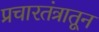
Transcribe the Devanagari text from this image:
प्रचारतंत्रातून